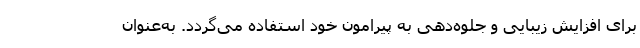
برای افزایش زیبایی و جلوه‌دهی به پیرامون خود استفاده می‌گردد. به‌عنوان